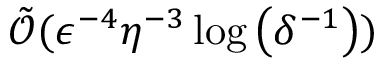
\begin{array} { r } { \tilde { \mathcal { O } } ( \epsilon ^ { - 4 } \eta ^ { - 3 } \log \left( \delta ^ { - 1 } \right) ) } \end{array}